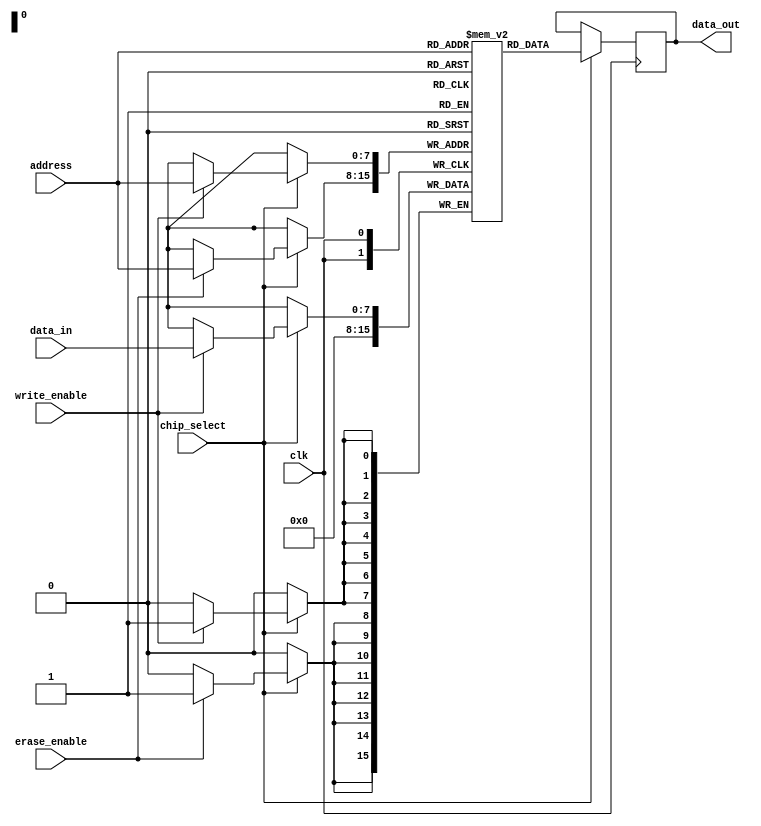
module EPROM #(parameter DATA_WIDTH = 8, ADDR_WIDTH = 8)(
    input wire clk,
    input wire chip_select,
    input wire write_enable,
    input wire erase_enable,
    input wire [ADDR_WIDTH-1:0] address,
    input wire [DATA_WIDTH-1:0] data_in,
    output reg [DATA_WIDTH-1:0] data_out
);

reg [DATA_WIDTH-1:0] memory[2**ADDR_WIDTH-1:0];

always @(posedge clk) begin
    if (chip_select) begin
        if (write_enable) begin
            memory[address] <= data_in;
        end
        if (erase_enable) begin
            memory[address] <= 0;
        end
        data_out <= memory[address];
    end
end

endmodule